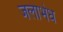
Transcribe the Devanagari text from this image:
जलाभेध